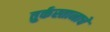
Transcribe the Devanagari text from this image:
तुर्कस्तानाचे